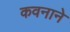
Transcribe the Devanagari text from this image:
कवनाने